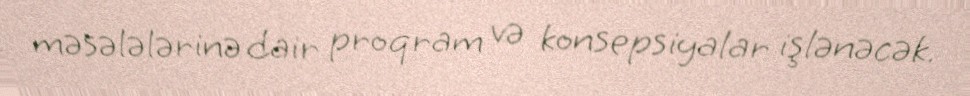
məsələlərinə dair proqram və konsepsiyalar işlənəcək.